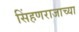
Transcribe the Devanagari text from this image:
सिंहणराजाच्या